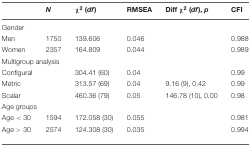
<table><thead><tr><td></td><td><b><i>N</i></b></td><td><b>χ<sup>2</sup> (<i>df</i>)</b></td><td><b>RMSEA</b></td><td><b>Diff χ<sup>2</sup> (<i>df</i>), <i>p</i></b></td><td><b>CFI</b></td></tr></thead><tbody><tr><td>Gender</td><td></td><td></td><td></td><td></td><td></td></tr><tr><td>Men</td><td>1750</td><td>139.606</td><td>0.046</td><td></td><td>0.988</td></tr><tr><td>Women</td><td>2357</td><td>164.809</td><td>0.044</td><td></td><td>0.989</td></tr><tr><td colspan="6">Multigroup analysis</td></tr><tr><td>Configural</td><td></td><td>304.41 (60)</td><td>0.04</td><td></td><td>0.99</td></tr><tr><td>Metric</td><td></td><td>313.57 (69)</td><td>0.04</td><td>9.16 (9), 0.42</td><td>0.99</td></tr><tr><td>Scalar</td><td></td><td>460.36 (79)</td><td>0.05</td><td>146.78 (10), 0.00</td><td>0.98</td></tr><tr><td colspan="6">Age groups</td></tr><tr><td>Age &lt; 30</td><td>1594</td><td>172.058 (30)</td><td>0.055</td><td></td><td>0.981</td></tr><tr><td>Age &gt; 30</td><td>2574</td><td>124.308 (30)</td><td>0.035</td><td></td><td>0.994</td></tr></tbody></table>